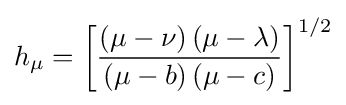
h_{\mu }=\left[{\frac {\left(\mu -\nu \right)\left(\mu -\lambda \right)}{\left(\mu -b\right)\left(\mu -c\right)}}\right]^{1/2}